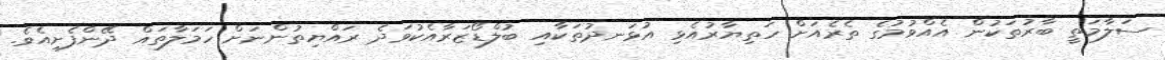
ސަލާމަތީ ބާރުތަކުން އެއްވުމުގެ ތެރެއަށް ހަތިޔާރުއެޅި އުޅަނދުތަކާއި ބުލްޑޯޒަރާއެކުވަދެ ރައްޔިތުންނަށް ހަމަލާތައް ދޭންފެށިއެވެ.